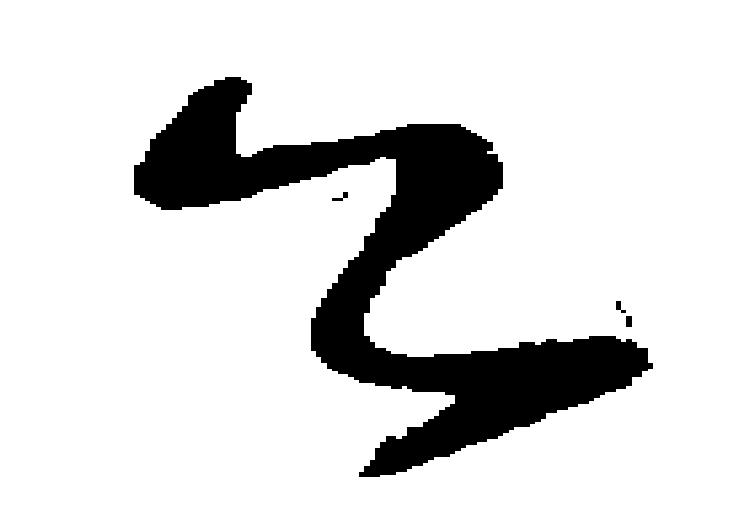
上